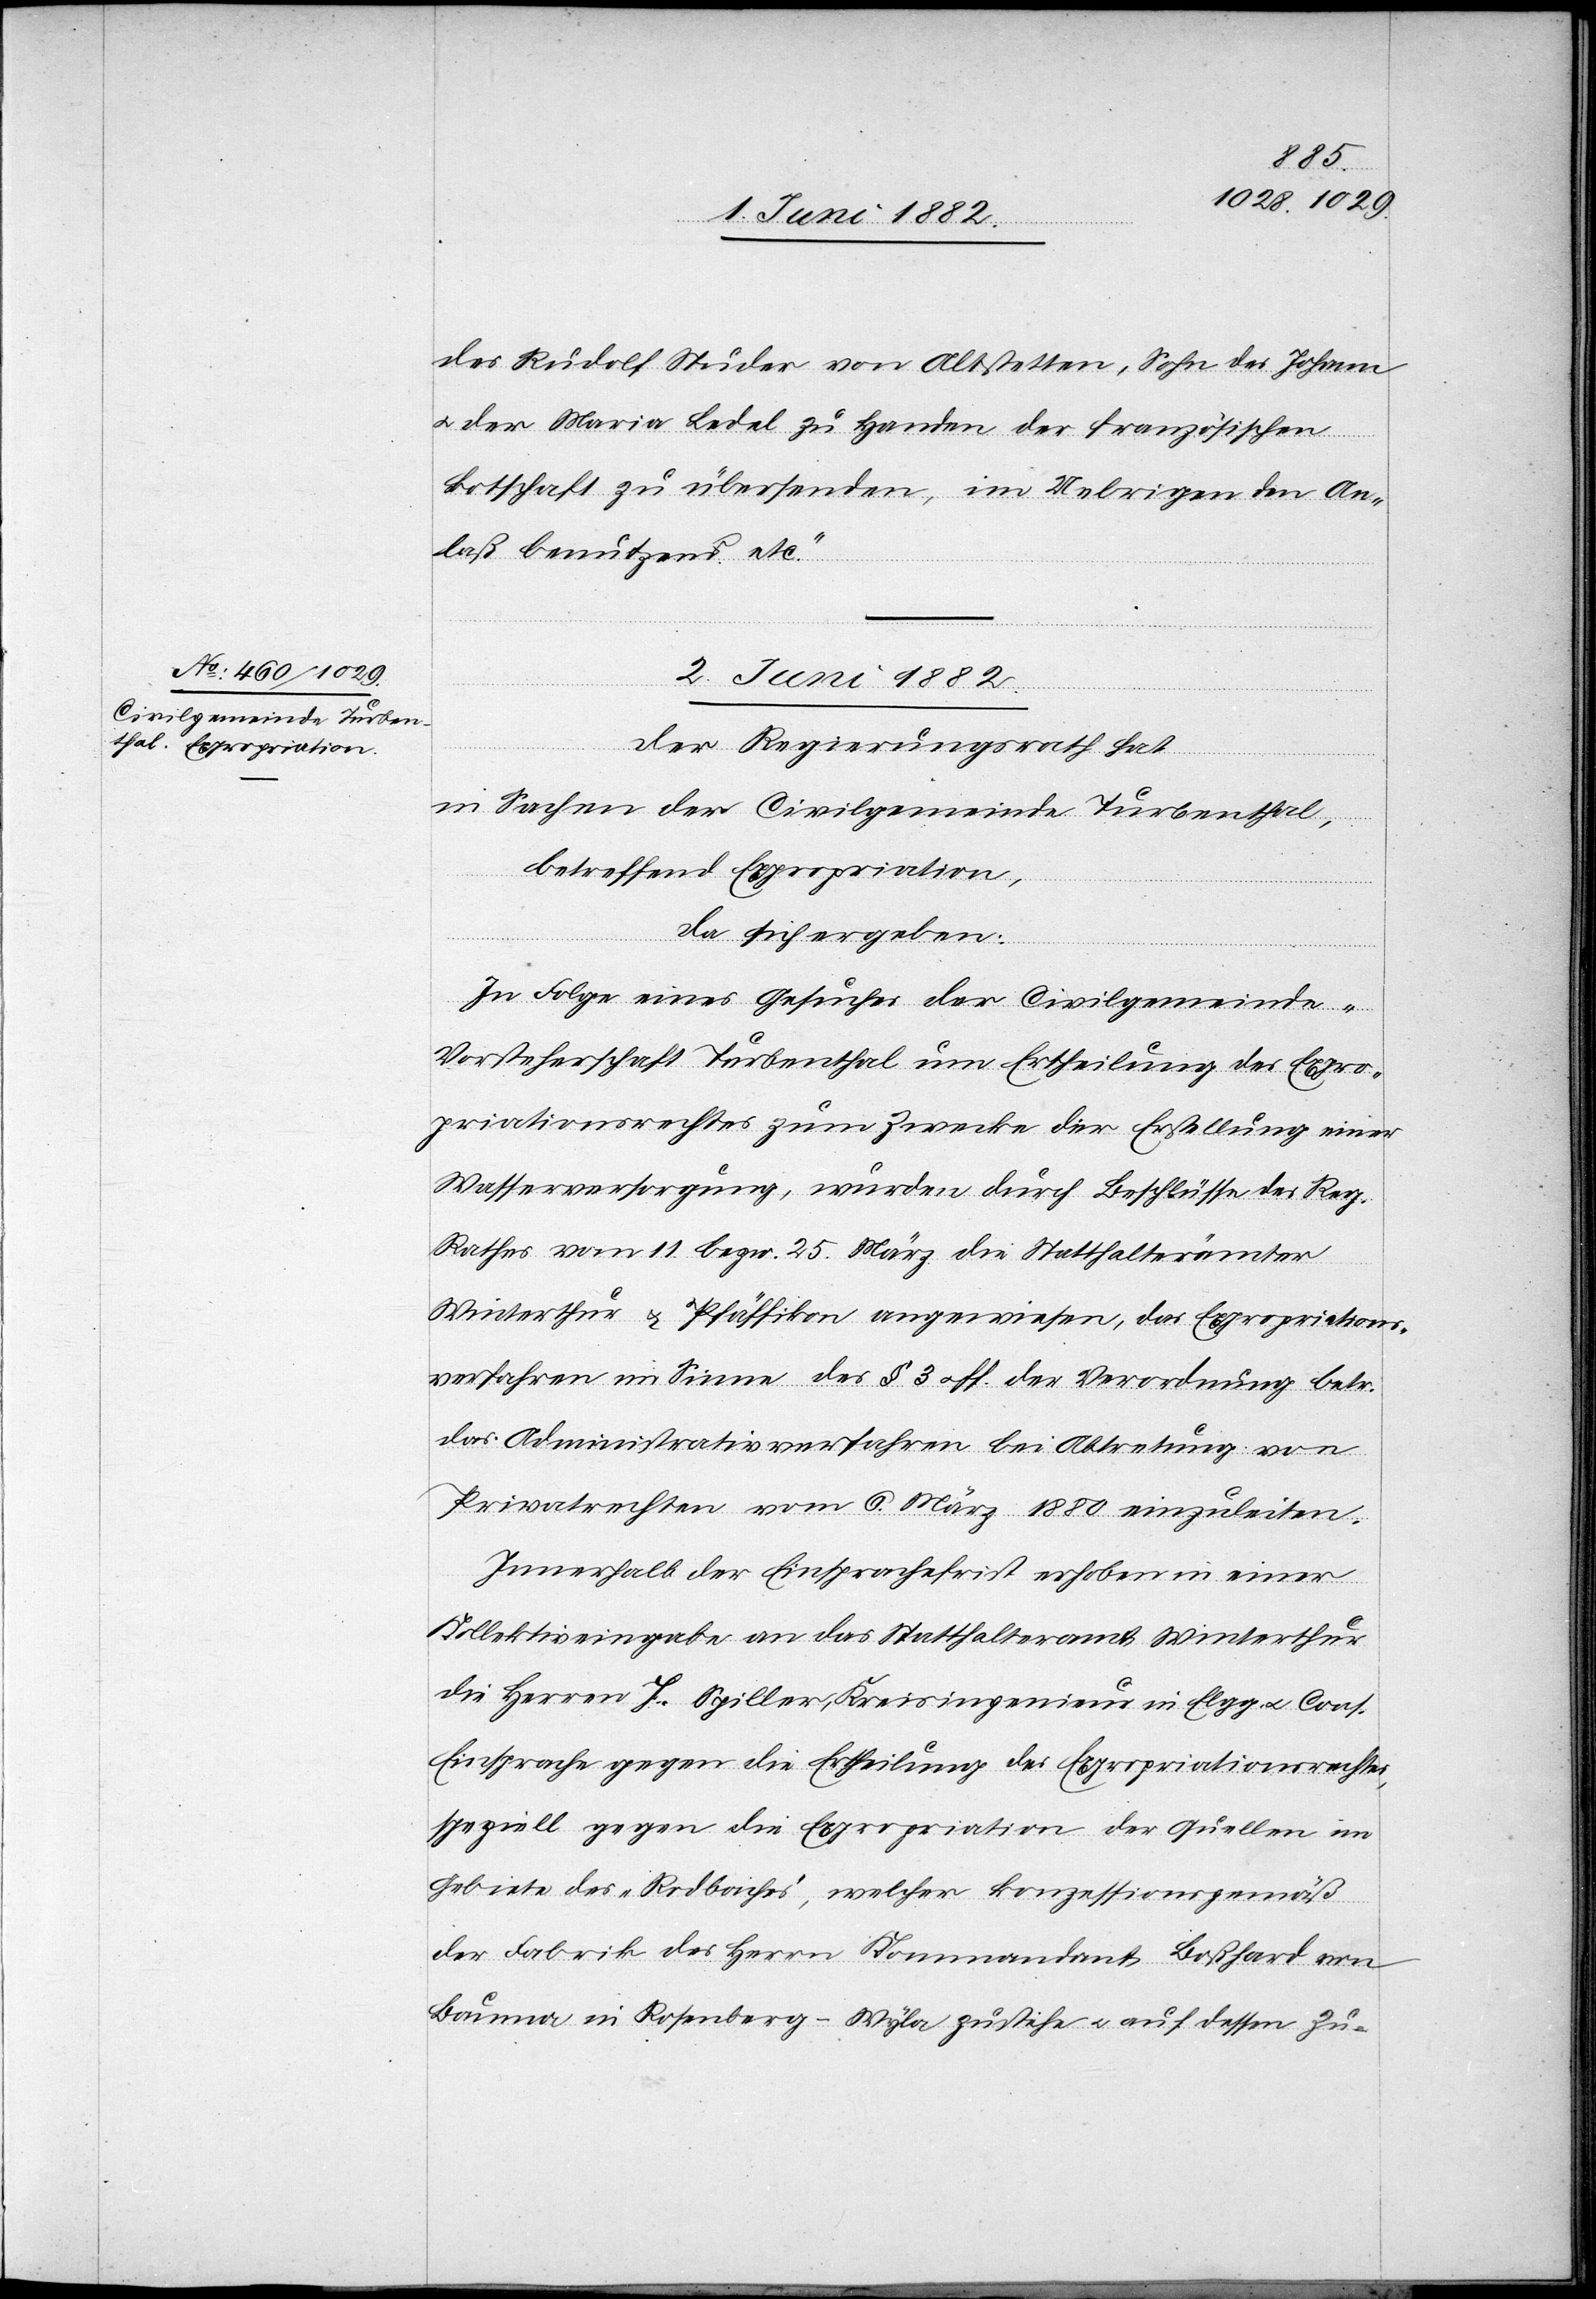
des Rudolf Studer von Altstetten, Sohn des Johann
u. der Maria Ledel zu Handen der französischen
Botschaft zu übersenden, im Uebrigen den An¬
laß benutzend etc.“
2. Juni 1882
Der Regierungsrath hat
in Sachen der Civilgemeinde Turbenthal.
betreffend Expropriation,
da sich ergeben:
In Folge eines Gesuches des Civilgemeinde-V¬
orsteherschaft Turbenthal um Ertheilung des Expro¬
priationsrechtes zum Zwecke der Erstellung einer
Wasserversorgung, wurden durch Beschlüsse des Reg.
Rathes vom 11. bezw. 25. März die Statthalterämter
Winterthur & Pfäffikon angewiesen, das Expropriations¬
verfahren im Sinne des § 3 u. ff. der Verordnung betr.
das Administrativverfahren bei Abtretung von
Privatrechten vom 6. März 1880 einzuleiten.
Innerhalb der Einsprachefrist erhoben in einer
Kollektiveingabe an das Statthalteramt Winterthur
die Herren J. Spiller, Kreisingenieur in Elgg u. Cons.
Einsprache gegen die Ertheilung des Expropriationsrechtes,
speziell gegen die Expropriation der Quellen im
Gebiete des „Rodbaches“, welcher konzessionsgemäß
der Fabrik des Herrn Kommandant Boßhard von
Bauma in Rosenberg - Wyla zustehe u. auf dessen Zu-